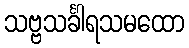
သဗ္ဗသင်္ခါရသမထော